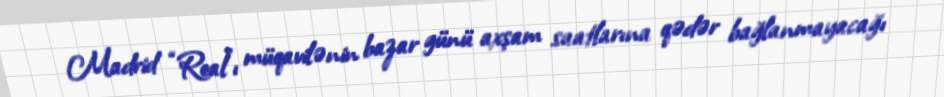
Madrid “Real”ı müqavilənin bazar günü axşam saatlarına qədər bağlanmayacağı